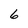
Character: 6